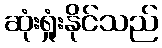
ဆုံးရှုံးနိုင်သည်